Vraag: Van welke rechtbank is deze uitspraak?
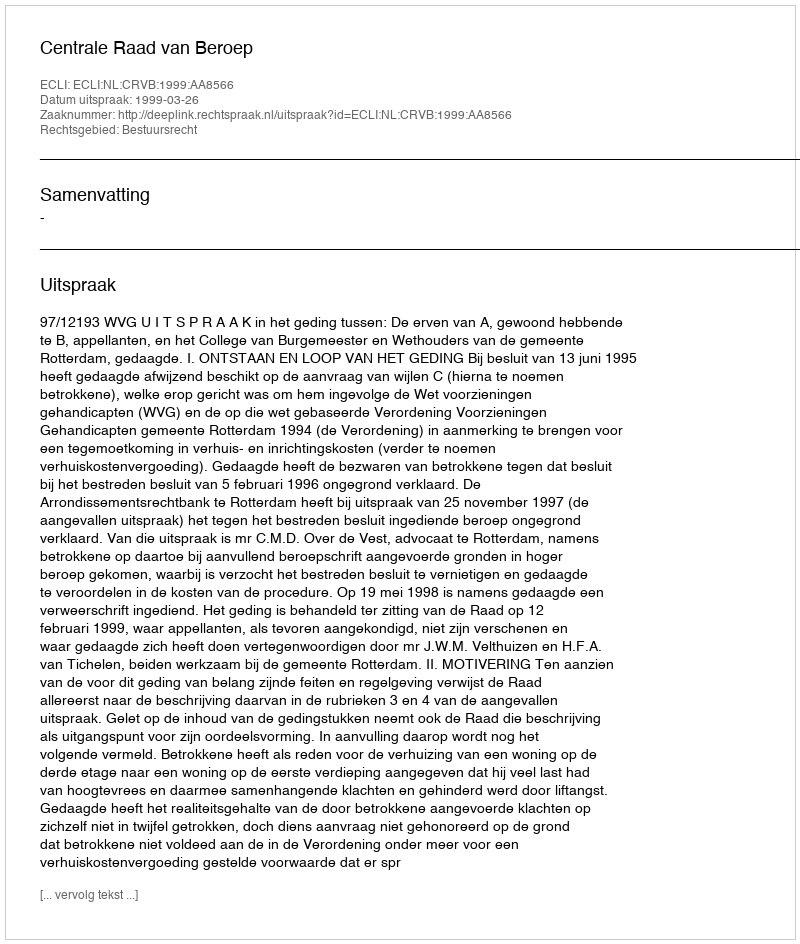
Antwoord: Centrale Raad van Beroep